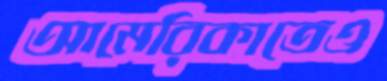
আমেরিকাতেও